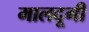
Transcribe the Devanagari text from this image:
मालदूगी